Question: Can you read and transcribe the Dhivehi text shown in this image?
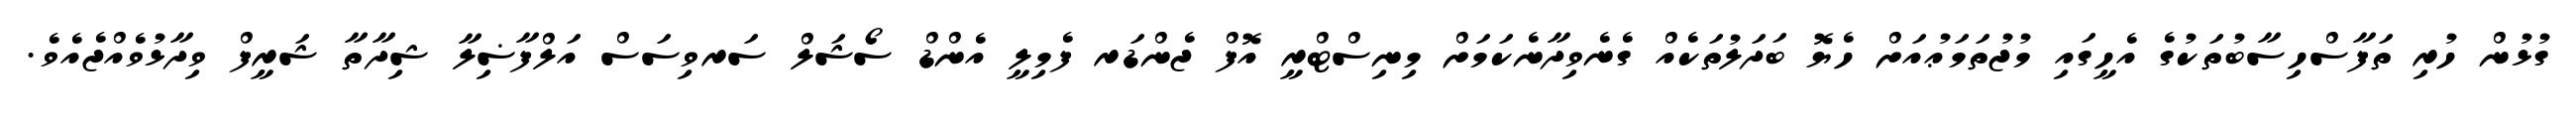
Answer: ގުޅުން ހުރި ތަފާސްހިސާބުތަކުގެ އެހީގައި މުޖުތަމަޢުއަށް ހެޔޮ ބަދަލުތަކެއް ގެނެވިދާނެކަމަށް މިނިސްޓްރީ އޮފް ޖެންޑަރ ފެމިލީ އެންޑް ސޯޝަލް ސަރވިސަސް އަލްފާޟިލާ ޝިދާތާ ޝަރީފް ވިދާޅުވެއްޖެއެވެ.